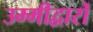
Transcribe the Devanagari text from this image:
उम्मीद्वारों